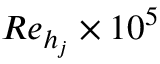
R e _ { h _ { j } } \times 1 0 ^ { 5 }